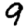
Digit: 9